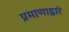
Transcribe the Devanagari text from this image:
प्रमाणाद्वारे